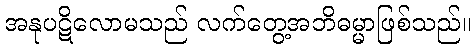
အနုပဋိလောမသည် လက်တွေ့အဘိဓမ္မာဖြစ်သည်။